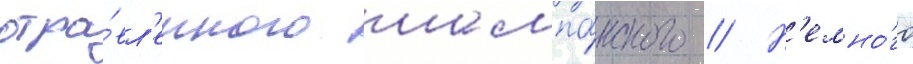
отра́вл'енного шампа́нского // Н'емно́го